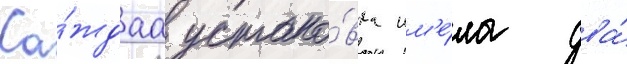
Ка́ждаа устано́вка им'е́ла два́